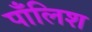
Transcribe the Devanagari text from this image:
पाँलिश